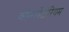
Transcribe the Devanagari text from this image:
कॉन्सर्वेटोरियम